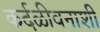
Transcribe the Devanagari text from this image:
कर्दळीवनाशी